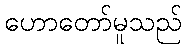
ဟောတော်မူသည်